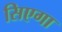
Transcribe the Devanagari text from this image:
सिएगा